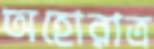
অহোরাত্র